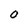
Character: 0